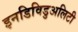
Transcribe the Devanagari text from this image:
इनडिविडुअलिटी